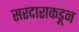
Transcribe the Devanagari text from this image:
सरदाराकडून